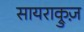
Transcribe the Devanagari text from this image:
सायराक्रुज़